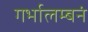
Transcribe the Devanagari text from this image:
गर्भालम्बनं